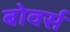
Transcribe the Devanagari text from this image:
बोवर्स